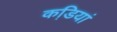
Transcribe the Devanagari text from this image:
कडि़यां